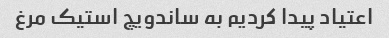
اعتیاد پیدا کردیم به ساندویچ استیک مرغ